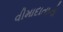
વીમાદાતાનો